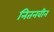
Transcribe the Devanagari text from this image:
नितनवीन